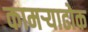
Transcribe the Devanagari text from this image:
कामऱ्याढोक